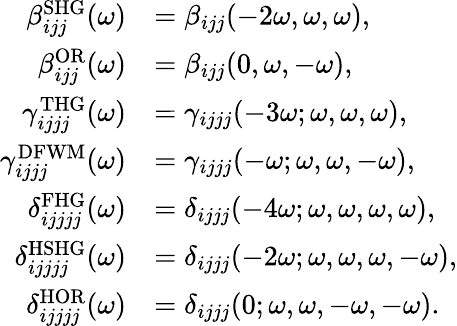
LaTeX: \begin{array}{rl}{\beta_{ijj}^{\mathrm{SHG}}(\omega)}&{=\beta_{ijj}(-2\omega,\omega,\omega),}\\ {\beta_{ijj}^{\mathrm{OR}}(\omega)}&{=\beta_{ijj}(0,\omega,-\omega),}\\ {\gamma_{ijjj}^{\mathrm{THG}}(\omega)}&{=\gamma_{ijjj}(-3\omega;\omega,\omega,\omega),}\\ {\gamma_{ijjj}^{\mathrm{DFWM}}(\omega)}&{=\gamma_{ijjj}(-\omega;\omega,\omega,-\omega),}\\ {\delta_{ijjjj}^{\mathrm{FHG}}(\omega)}&{=\delta_{ijjj}(-4\omega;\omega,\omega,\omega,\omega),}\\ {\delta_{ijjjj}^{\mathrm{HSHG}}(\omega)}&{=\delta_{ijjj}(-2\omega;\omega,\omega,\omega,-\omega),}\\ {\delta_{ijjjj}^{\mathrm{HOR}}(\omega)}&{=\delta_{ijjj}(0;\omega,\omega,-\omega,-\omega).}\end{array}